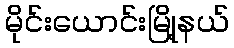
မိုင်းယောင်းမြို့နယ်